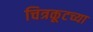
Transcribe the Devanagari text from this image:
चित्रकूटच्या